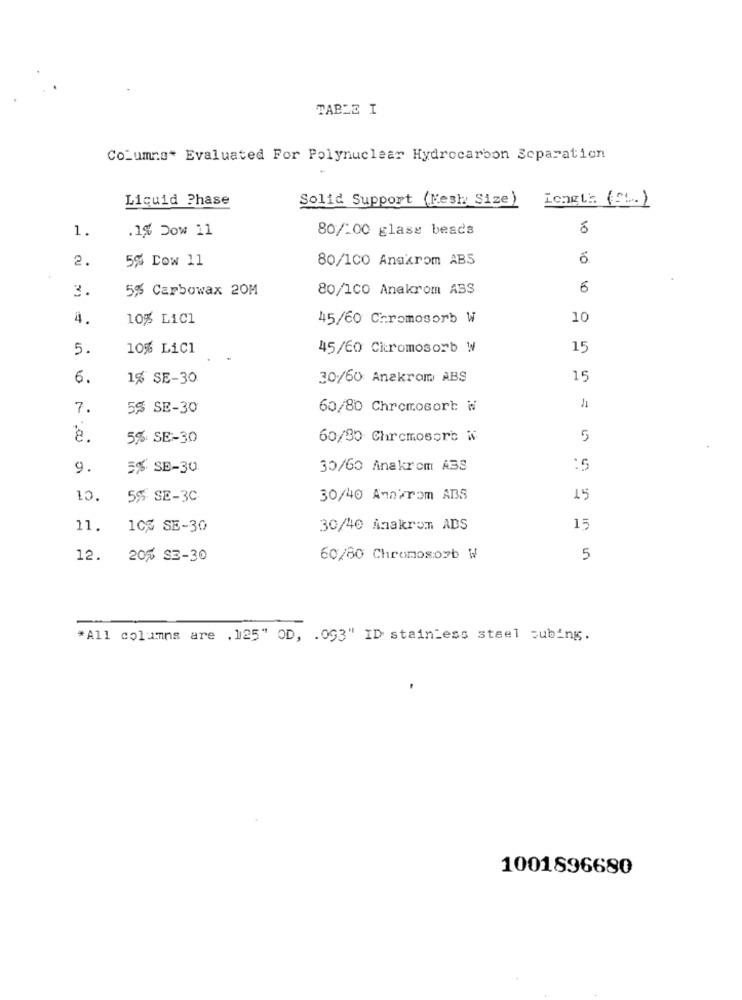
TABLE I
Columns* Evaluated For Polynuclear Hydrocarbon Scparation
Liquid Phase
Solid Support (Mesh Size)
Lengt: (=)
.1% Dow 11
80/100 glass beads
10
1.
2.
5% Dow 11
80/100 Anaxrom ABS
5% Carbowax 20M
80/100 Anakrom ABS
6
3.
4.
10% LiCI
45/60 Chromosorb W
10
5.
10% LiC1
45/60 Citromosorb W
15
6.
1% SE-30
30/60 Anakrom ABS
15
7.
5% SE-30
60/80 Chromosort W
1
8.
5% SE-30
60/30 Chromosort W
5
9.
5% SE-30
30/60 Anakrom A3S
10.
5% SE-3C
30/40 Annirom ABS
15
11.
10% SE-30
30/40 Anakrom ADS
15
12. 20% SE-30
60/60 Chromosozb W
5
*All columns are .125" OD, . 093" ID stainless steel subing.
1001896680